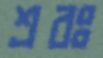
শ্রবঃ